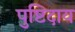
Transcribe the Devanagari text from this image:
पुष्टिदाय